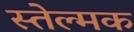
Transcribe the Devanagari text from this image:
स्तेल्मक